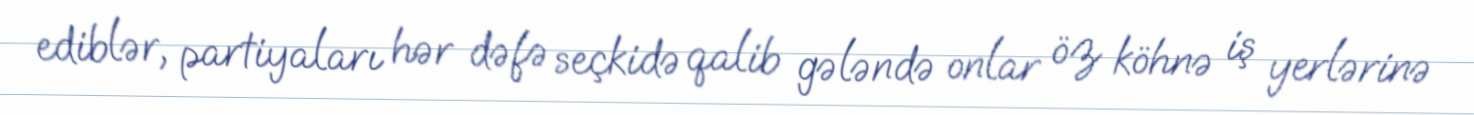
ediblər, partiyaları hər dəfə seçkidə qalib gələndə onlar öz köhnə iş yerlərinə